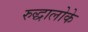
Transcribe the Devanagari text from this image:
रुद्धालोके